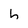
Character: h